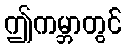
ဤကမ္ဘာတွင်